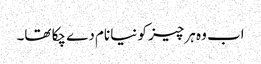
اب وہ ہر چیز کو نیا نام دے چکا تھا۔